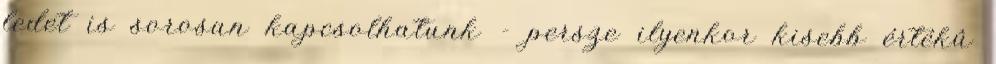
ledet is sorosan kapcsolhatunk - persze ilyenkor kisebb értékû